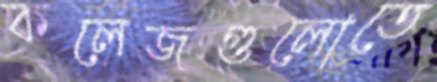
কলেজগুলোতে